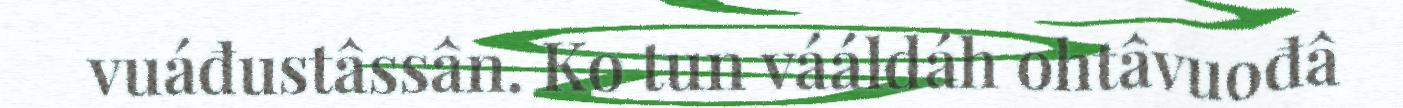
vuáđustâssân. Ko tun vááldáh ohtâvuođâ